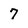
Character: 7